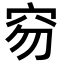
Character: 𥤽